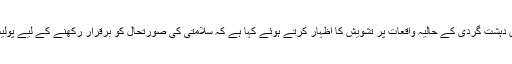
الیکشن کمیشن نے نگراں حکومتوں کو لکھے جانے والے خط میں دہشت گردی کے حالیہ واقعات پر تشویش کا اظہار کرتے ہوئے کہا ہے کہ سلامتی کی صورتحال کو برقرار رکھنے کے لیے پولیس اور رینجرز کے علاوہ فوج کی خدمات بھی حاصل کی جائیں۔